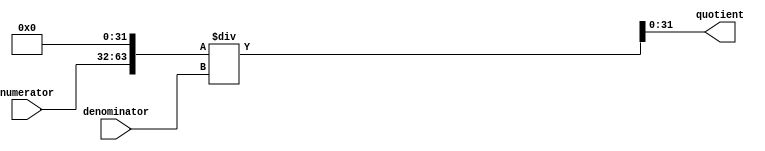
module fixed_point_divider (
    input [31:0] numerator,
    input [31:0] denominator,
    output reg [31:0] quotient
);

reg [63:0] scaled_numerator;
reg [63:0] scaled_denominator;

initial begin
    scaled_numerator = numerator << 32; // scaling numerator to align fractional part
    scaled_denominator = denominator;
end

always @(*) begin
    quotient = scaled_numerator / scaled_denominator;
end

endmodule